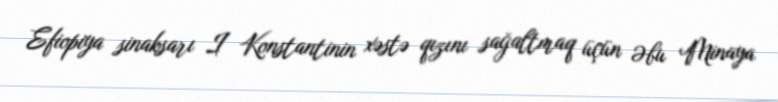
Efiopiya sinaksarı I Konstantinin xəstə qızını sağaltmaq üçün Əbu Minaya